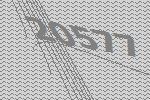
20577